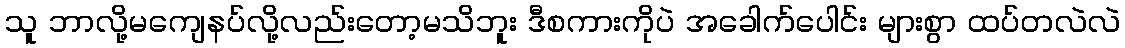
သူ ဘာလို့မကျေနပ်လို့လည်းတော့မသိဘူး ဒီစကားကိုပဲ အခေါက်ပေါင်း များစွာ ထပ်တလဲလဲ